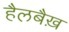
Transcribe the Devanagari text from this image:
हैलबैख़